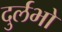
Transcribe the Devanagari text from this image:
दुर्लभो